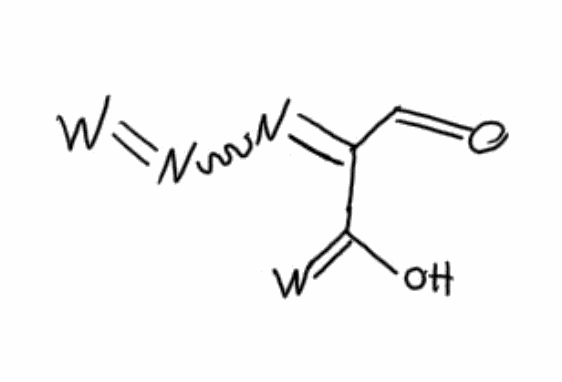
Simplified molecular-input line-entry system (SMILES) notation of the given molecule:
C(=O)C(=NN=[W])C(=[W])O